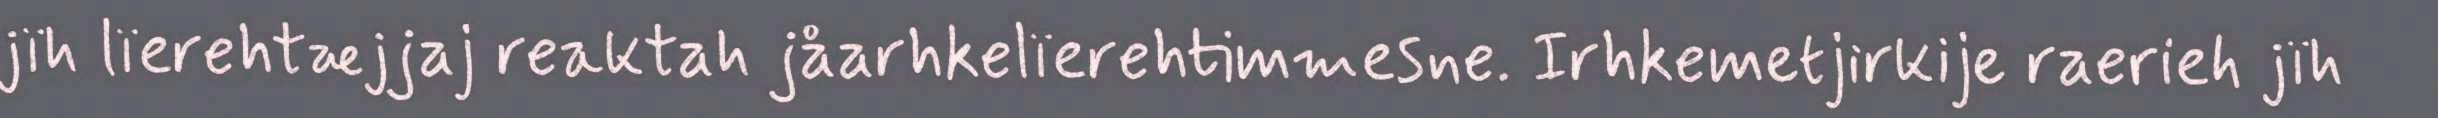
jïh lïerehtæjjaj reaktah jåarhkelïerehtimmesne. Irhkemetjirkije raerieh jïh